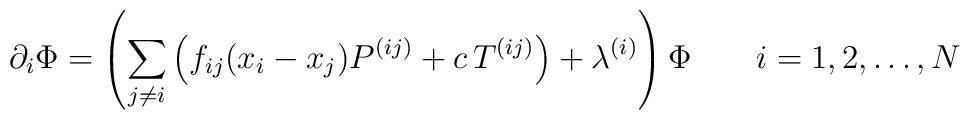
\partial_i\Phi = \left(\sum_{j\ne i} \left(f_{ij}(x_i-x_j) P^{(ij)} +    c\, T^{(ij)}\right) + \lambda^{(i)}\right) \Phi \qquad i=1,2,\ldots,N